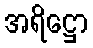
အရိဋ္ဌော